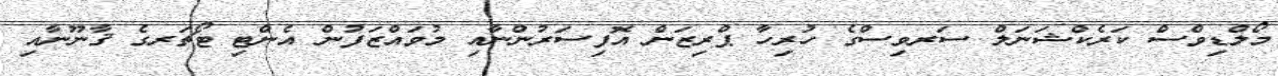
މޯލްޑިވްސް ކަރެކްޝަނަލް ސަރވިސްގެ ހުރިހާ ޕްރިޒަން އޮފިސަރުންނާއި މުވައްޒަފުން އެންޓި ޓޯޗަރގެ ޤާނޫނާއި